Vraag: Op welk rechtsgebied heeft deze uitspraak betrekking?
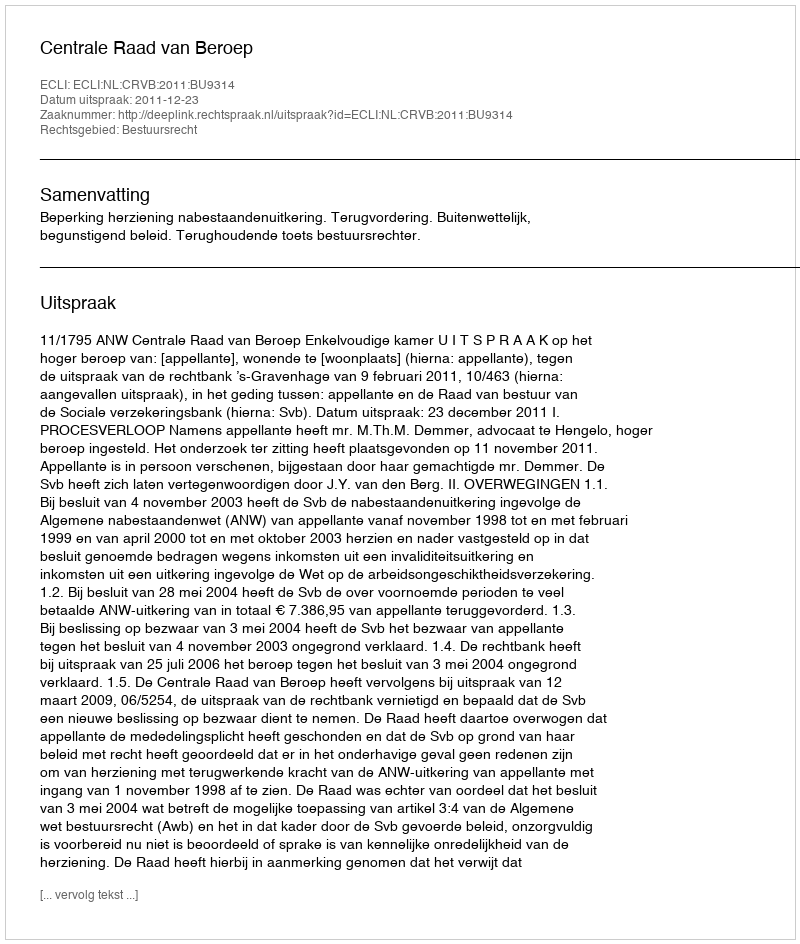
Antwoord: Bestuursrecht